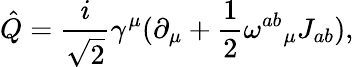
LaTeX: \hat{Q}=\frac{i}{\sqrt{2}}\gamma^{\mu}(\partial_{\mu}+\frac{1}{2}{\omega^{ab}}_{\mu}J_{ab}),